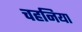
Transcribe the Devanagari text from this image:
चहनिया